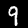
Digit: 9